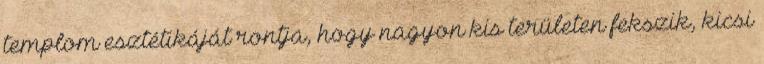
templom esztétikáját rontja, hogy nagyon kis területen fekszik, kicsi